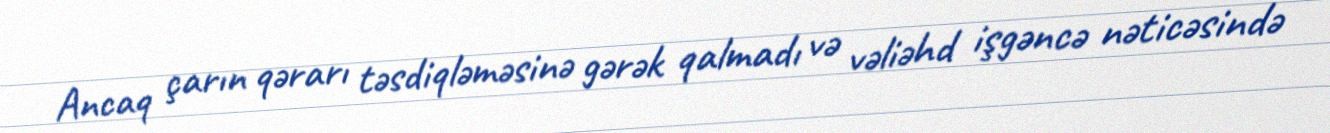
Ancaq çarın qərarı təsdiqləməsinə gərək qalmadı və vəliəhd işgəncə nəticəsində